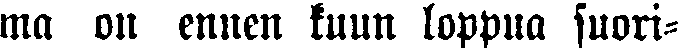
ma on ennen kuun loppua suori-